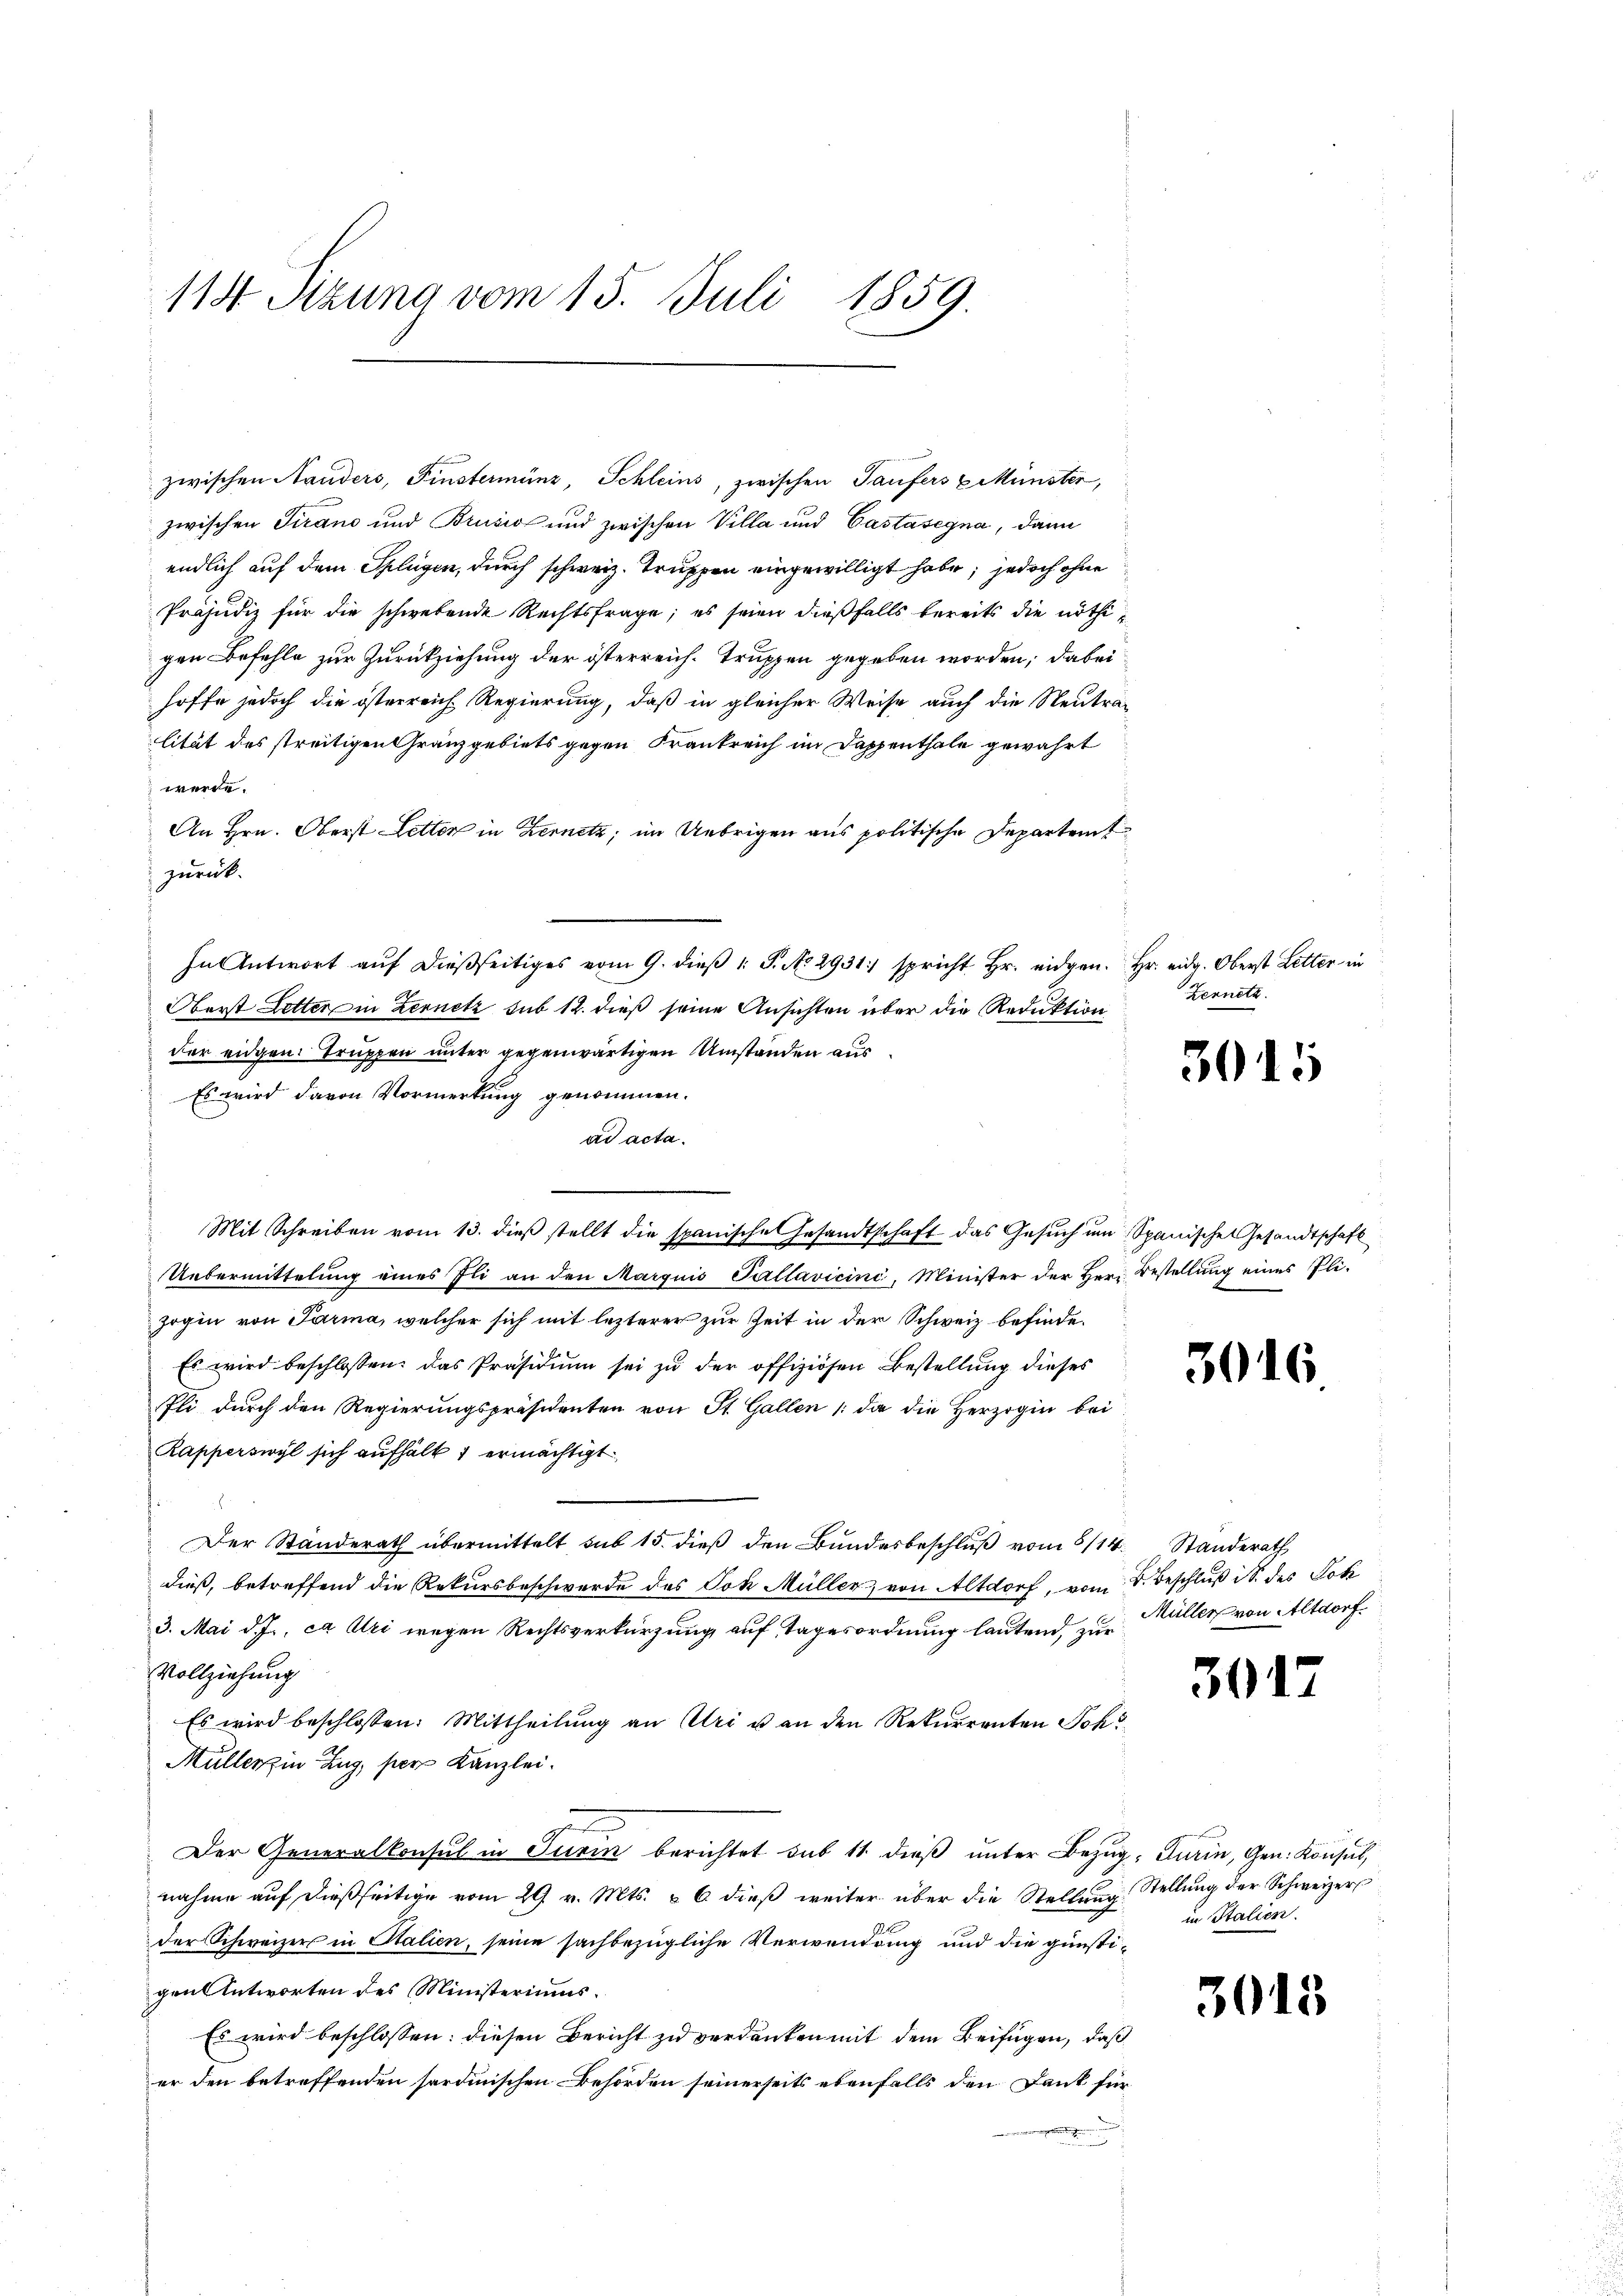
114. Sitzung vom 15. Juli 1859.

zwischen Nauders, Finsterminz, Schleins, zwischen Taufers EMünster,
zwischen Tirano und Brusio und zwischen Villa und Castasegna, dann
endlich auf dem Splügen, durch schweiz. Truppen eingewilligt habe; jedoch ohne
Präjudiz für die schwebende Rechtsfrage; es seien dießfalls bereits die nöthigen Befehle zur Zurückziehung der österreich. Truppen gegeben worden; dabei
hoffe jedoch die österreich Regierung, daß in gleicher Weise auch die Neutralität des streitigen Granzgebiets gegen Frankreich im Dappenthale gewährt
werde.
An Hrn. Oberst Letten in Kernetz; im Uebrigen aus politische Departeit
zurück.
In Antwort aŭf dießseitiges vom 9. dieβ 1 S. No 2931 spricht Hr. eidgen. Hr. eidg. Oberst Litter in
Oberst Letter in Lernetz sub 12. dieß seine Ansichten über die Reduktion
der eidgen. Truppen unter gegenwärtigen Umständen aus¬
Es wird davon Vormerkung genommen.
ad acta.
Mit Schreiben vom 13. dieß stellt die spanische Gesandtschaft das Gesuch um Spanische Gesandtschaft
Uebermittelung eines Ili an den Margnis Pallavicini, Minister der Herr Bestellung eines Pli-
zogen von Parma, welcher sich mit lezterer zur Zeit in der Schweiz befinde¬
Es wird beschlossen, das Präsidiŭm sei zŭ der offiziösen Bestellung dieses
Pli durch den Regierungspräsidenten von St. Gallen /: die die Herzogin bei
Rapperswyl sich aufhält 1 ermächtigt.
Der Standerath übermittelt sub 15. dieß den Bundesbeschluß vom 8/14. Standerath
dieß, betreffend die Rekursbeschwerde des Joh. Müller, von Altdorf, vom 8. Beschluß i S. des Lok
3. Mai d. J. ca Uri wegen Rechtsverkürzung auf Tagesordnung lautend, zu Müller von Altdorf
Vollziehung
Es wird beschlossen: Mittheilung an Uri u an den Rekurrenten Joh
Müller in Zug, per Kanzlei.
Der Generalkonsul in Turin berichtet sub 11 dieß unter Bezug, Turin, Gen. Konsul,
nahme auf dießseitige vom 29 v. Mts. & 6 dieß weiter über die Stellŭng Stellung der Schweizer
der Schweizers in Stalien, seine sachbezügliche Verwendung und die günstigen Antworten des Ministeriums.
Es wird beschlossen: diesen Bericht zu verdanken mit dem Beifügen, daß
er den betreffenden sordinischen Behörden seinerseits ebenfalls den Dank für

Zennetz.

3015

3016

30.

in Italien.

3013